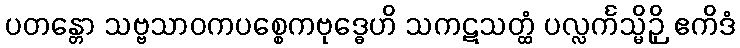
ပတန္တော သဗ္ဗသာဝကပစ္စေကဗုဒ္ဓေဟိ သကဋသတ္ထံ ပလ္လင်္ကသ္မိဉှိ ဧကိဒံ